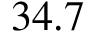
3 4 . 7